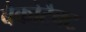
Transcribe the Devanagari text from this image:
बैकोटैक्ट